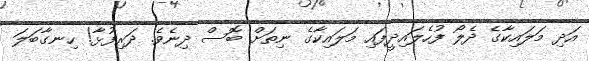
އަދި މަލައިކާގެ ދެލޯ ފުހެލައިދީފައި މަލައިކާގެ ނިތަށް ބޮސް ދިނެވެ. ދަރިފުޅާ! ހިނގާބަލަ